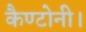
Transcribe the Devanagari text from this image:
कैण्टोनी।